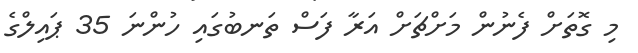
މި ގޮތަށް ފެނުން މަށްޗަށް އަރާ ފަސް ތަނބުގައި ހުންނަ 35 ޕައިލްގެ